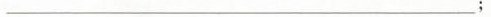
_,